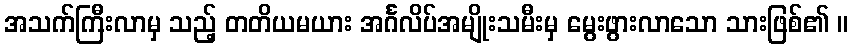
အသက်ကြီးလာမှ သည့် တတိယမယား အင်္ဂလိပ်အမျိုးသမီးမှ မွေးဖွားလာသော သားဖြစ်၏ ။